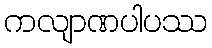
ကလျာဏပါပဿ